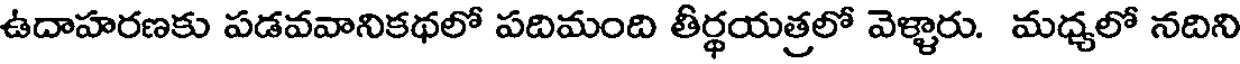
ఉదాహరణకు పడవవానికథలో పదిమంది తీర్థయత్రలో వెళ్ళారు. మధ్యలో నదిని